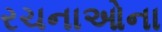
રચનાઓના